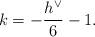
LaTeX: \begin{align*} k= -\frac{h^{\vee}}{6}-1. \end{align*}